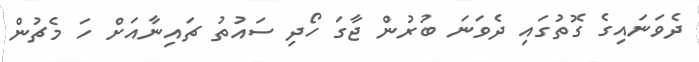
ދެވަނައިގެ ގޮތުގައި ދެވަނަ ބުރުން ޖާގަ ހޯދި ސައުތު ޗައިނާއަށް ހަ މެޗުން